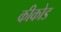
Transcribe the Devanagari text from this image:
कीकोड